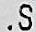
.S